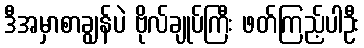
ဒီအမှာစာချွန်ပဲ ဗိုလ်ချုပ်ကြီး ဖတ်ကြည့်ပါဦး